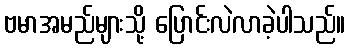
ဗမာအမည်များသို့ ပြောင်းလဲလာခဲ့ပါသည်။